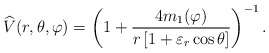
\begin{align*}{\widehat{V}}(r,\theta ,\varphi )=\left( 1+{\frac{4m_{1}(\varphi )}{r\left[1+\varepsilon _{r}\cos \theta \right] }}\right) ^{-1}.\end{align*}